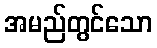
အမည်တွင်သော